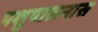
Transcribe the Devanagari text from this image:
पशुपालनास